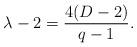
LaTeX: \begin{align*}\lambda -2=\frac{4(D-2)}{q-1}.\end{align*}